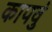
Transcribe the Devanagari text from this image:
कापवुं